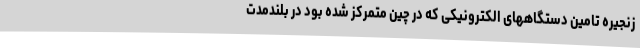
زنجیره تامین دستگاههای الکترونیکی که در چین متمرکز شده بود در بلندمدت